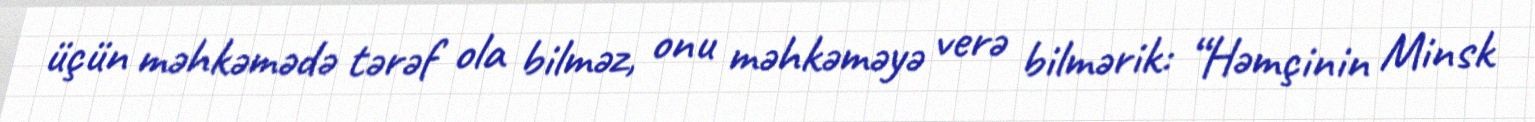
üçün məhkəmədə tərəf ola bilməz, onu məhkəməyə verə bilmərik: “Həmçinin Minsk